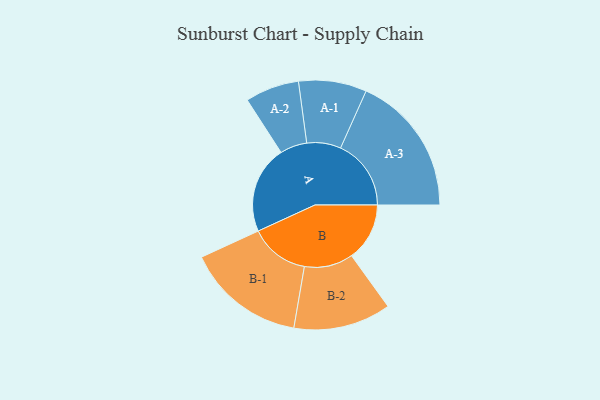
{"axis": {"x": "Segment", "y": "Value"}, "legend": ["", "A", "B"], "data": [{"x": "A", "y": 350, "type": ""}, {"x": "B", "y": 232, "type": ""}, {"x": "A-1", "y": 136, "type": "A"}, {"x": "A-2", "y": 108, "type": "A"}, {"x": "A-3", "y": 282, "type": "A"}, {"x": "B-1", "y": 238, "type": "B"}, {"x": "B-2", "y": 195, "type": "B"}]}